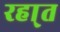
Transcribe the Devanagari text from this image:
रहा्त